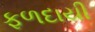
ફળદાયી